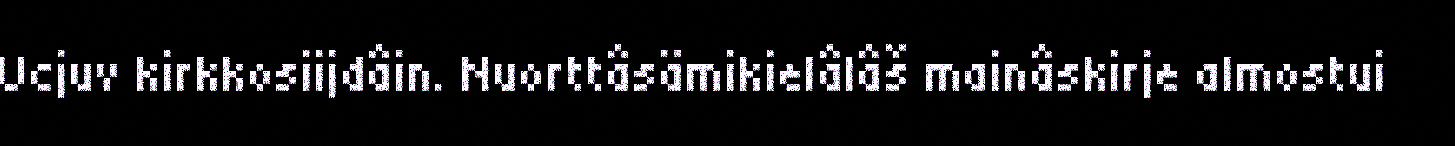
Ucjuv kirkkosiijdâin. Nuorttâsämikielâlâš mainâskirje almostui